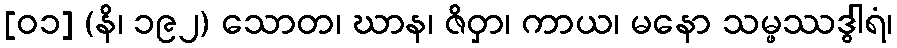
[၀၁] (နိ၊ ၁၉၂) သောတ၊ ဃာန၊ ဇိဝှာ၊ ကာယ၊ မနော သမ္ဖဿဒွါရံ၊